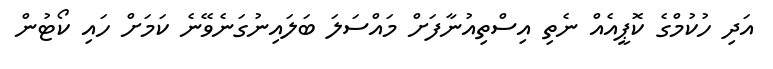
އަދި ހުކުމްގެ ކޮޕީއެއް ނެތި އިސްތިއުނާފަށް މައްސަލަ ބަލައިނުގަނެވޭނެ ކަމަށް ހައި ކޯޓުން